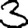
Digit: 3